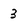
Character: 3